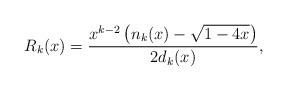
LaTeX: \begin{align*}R_k(x)= \frac{x^{k-2}\left(n_k(x)-\sqrt{1-4x} \right)}{2d_k(x)},\end{align*}